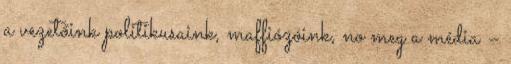
a vezetőink politikusaink, maffiózóink, no meg a média –